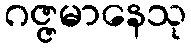
ဂဇ္ဇမာနေသု